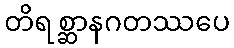
တိရစ္ဆာနဂတဿပေ